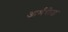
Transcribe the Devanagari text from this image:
आर्मरीज